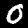
Digit: 0